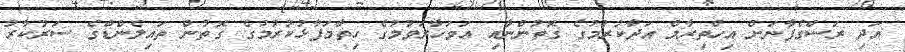
އަދި ރަސްގެފާނަށް އިހްތިރާމް އަދާކުރުމުގެ ގޮތުންނާއި އަވަހާރަވުމުގެ ހިތާމަފާޅުކުރުމުގެ ގޮތުން ތައިލެންޑްގެ ސަރުކާރު